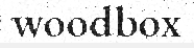
woodbox